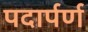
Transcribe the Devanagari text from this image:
पदार्पर्ण